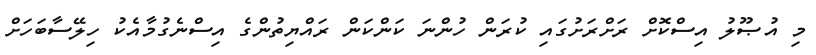
މި އުޞޫލު އިސްކޮށް ރަށްރަށުގައި ކުރަން ހުންނަ ކަންކަން ރައްޔިތުންގެ އިސްނެގުމާއެކު ހިލޭސާބަހަށް